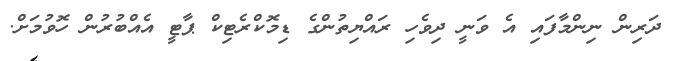
ދަރިން ނިންމާފައި އެ ވަނީ ދިވެހި ރައްޔިތުންގެ ޑިމޮކްރެޓިކް ޕާޓީ އެއްބުރުން ހޮވުމަށް.